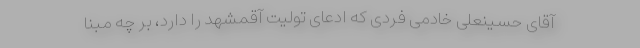
آقای حسینعلی خادمی فردی که ادعای تولیت آقمشهد را دارد، بر چه مبنا